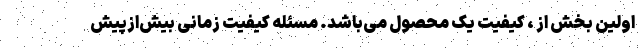
اولین بخش از ، کیفیت یک محصول می‌باشد. مسئله کیفیت زمانی بیش‌ازپیش